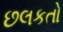
છલકતો